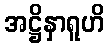
အဋ္ဌိနှာရူဟိ